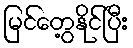
မြင်တွေ့နိုင်ပြီး